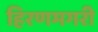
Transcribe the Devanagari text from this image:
हिरणमगरी